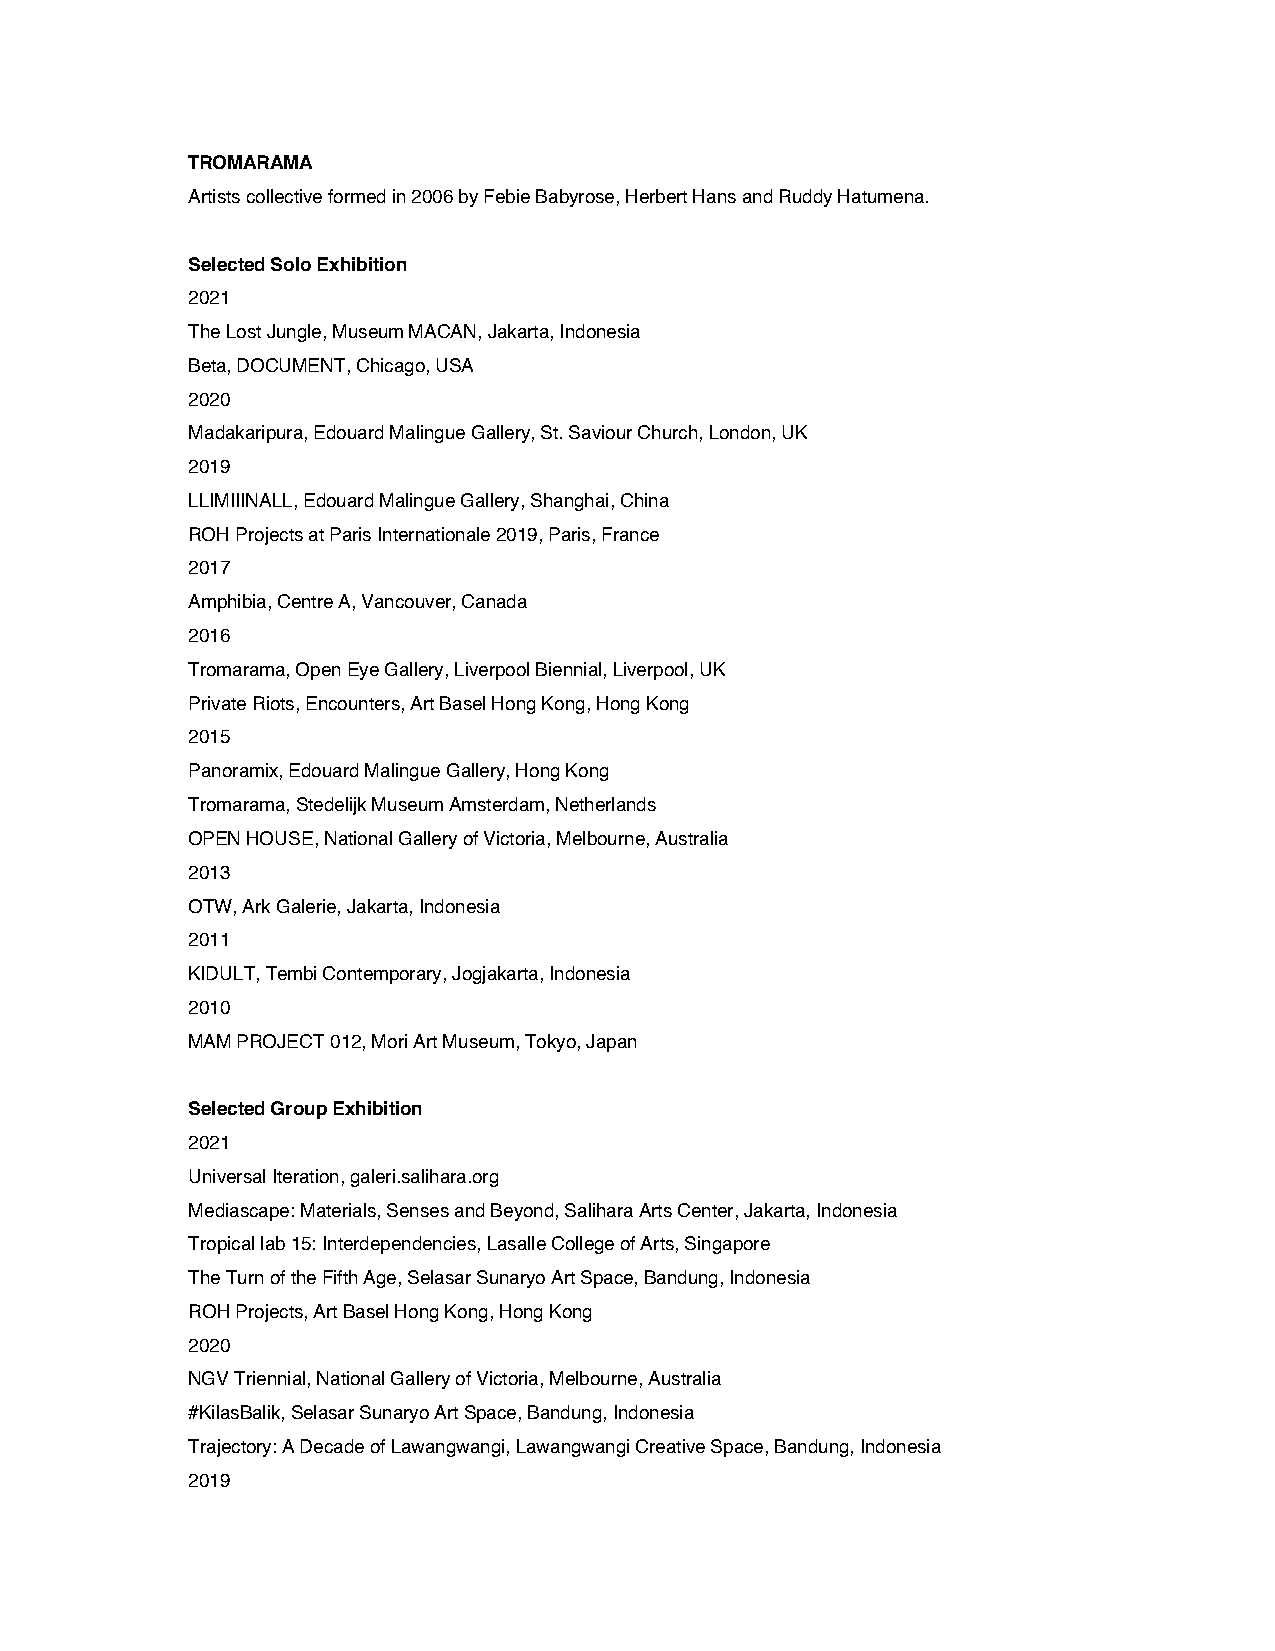
TROMARAMA
 Artists collective formed in 2006 by Febie Babyrose, Herbert Hans and Ruddy Hatumena.
 Selected Solo Exhibition
 2021
 The Lost Jungle, Museum MACAN, Jakarta, Indonesia
 Beta, DOCUMENT, Chicago, USA
 2020
 Madakaripura, Edouard Malingue Gallery, St. Saviour Church, London, UK
 2019
 LLIMIIINALL, Edouard Malingue Gallery, Shanghai, China
 ROH Projects at Paris Internationale 2019, Paris, France
 2017
 Amphibia, Centre A, Vancouver, Canada
 2016
 Tromarama, Open Eye Gallery, Liverpool Biennial, Liverpool, UK
 Private Riots, Encounters, Art Basel Hong Kong, Hong Kong
 2015
 Panoramix, Edouard Malingue Gallery, Hong Kong
 Tromarama, Stedelijk Museum Amsterdam, Netherlands
 OPEN HOUSE, National Gallery of Victoria, Melbourne, Australia
 2013
 OTW, Ark Galerie, Jakarta, Indonesia
 2011
 KIDULT, Tembi Contemporary, Jogjakarta, Indonesia
 2010
 MAM PROJECT 012, Mori Art Museum, Tokyo, Japan
 Selected Group Exhibition
 2021
 Universal Iteration, galeri.salihara.org
 Mediascape: Materials, Senses and Beyond, Salihara Arts Center, Jakarta, Indonesia
 Tropical lab 15: Interdependencies, Lasalle College of Arts, Singapore
 The Turn of the Fifth Age, Selasar Sunaryo Art Space, Bandung, Indonesia
 ROH Projects, Art Basel Hong Kong, Hong Kong
 2020
 NGV Triennial, National Gallery of Victoria, Melbourne, Australia
 #KilasBalik, Selasar Sunaryo Art Space, Bandung, Indonesia
 Trajectory: A Decade of Lawangwangi, Lawangwangi Creative Space, Bandung, Indonesia
 2019